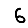
Digit: 6